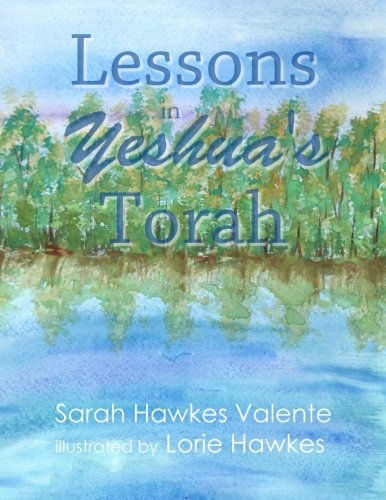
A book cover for Lessons in Yeshua's Torah; Sarah Hawkes Valente; Christian Books & Bibles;